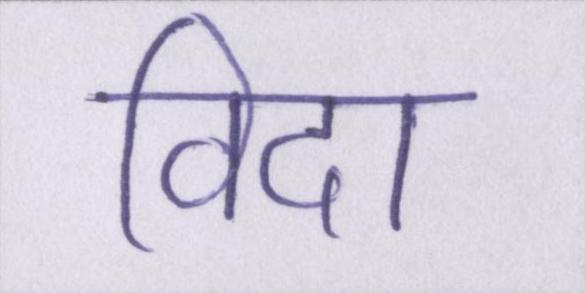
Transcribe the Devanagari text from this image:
विदा